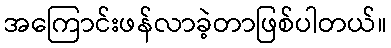
အကြောင်းဖန်လာခဲ့တာဖြစ်ပါတယ်။